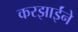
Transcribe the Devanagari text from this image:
करझाईंने